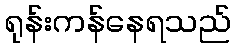
ရုန်းကန်နေရသည်